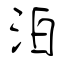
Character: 泊